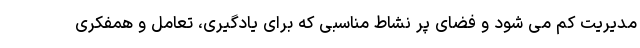
مدیریت کم می شود و فضای پر نشاط مناسبی که برای یادگیری، تعامل و همفکری